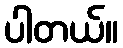
ပါတယ်။